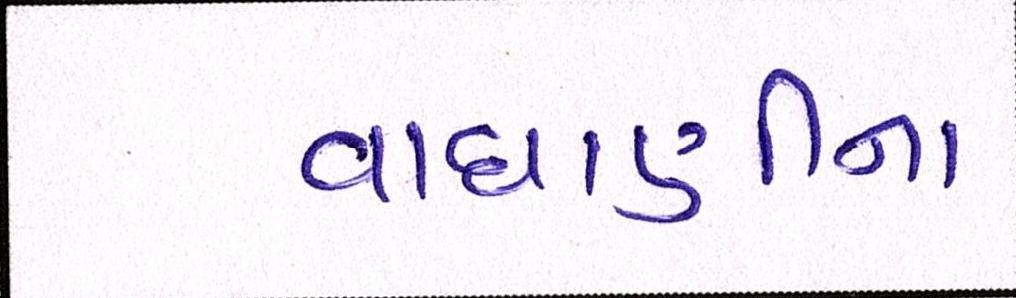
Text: વાઘાણીના